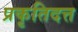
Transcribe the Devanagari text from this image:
प्रकृतिदत्त